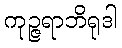
ကုဉ္ဇရာဘိရုဒါ